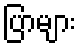
ပြာများ